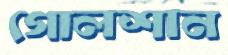
গোলশান